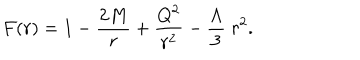
F ( r ) = 1 - { \frac { 2 M } { r } } + { \frac { Q ^ { 2 } } { r ^ { 2 } } } - { \frac { \Lambda } { 3 } } \; r ^ { 2 } .